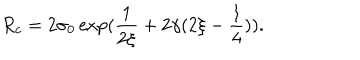
R _ { c } = 2 \sigma _ { 0 } \exp ( \frac { 1 } { 2 \xi } + 2 \gamma ( 2 \xi - \frac { 1 } { 4 } ) ) .